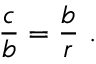
{ \frac { c } { b } } = { \frac { b } { r } } \ .